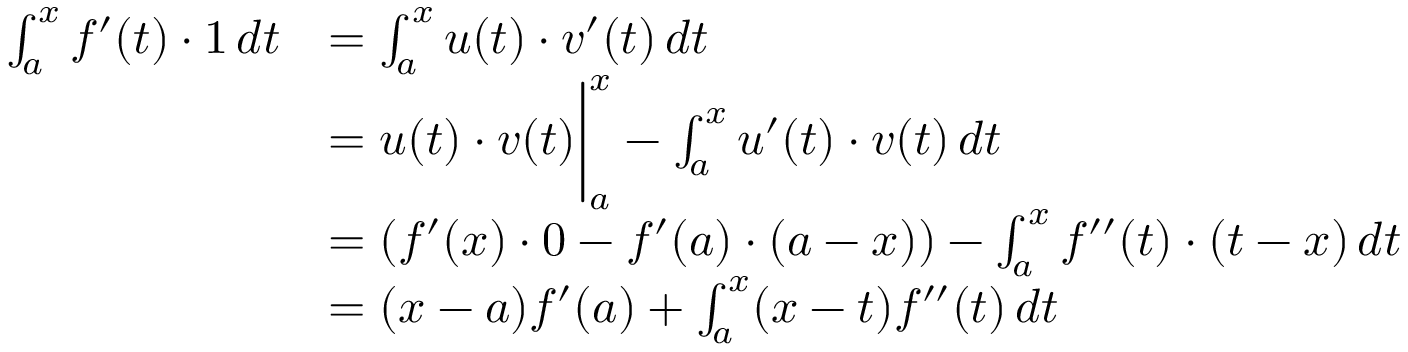
\begin{array} { r l } { \int _ { a } ^ { x } f ^ { \prime } ( t ) \cdot 1 \, d t } & { = \int _ { a } ^ { x } u ( t ) \cdot v ^ { \prime } ( t ) \, d t } \\ & { = u ( t ) \cdot v ( t ) \bigg \rvert _ { a } ^ { x } - \int _ { a } ^ { x } u ^ { \prime } ( t ) \cdot v ( t ) \, d t } \\ & { = \left( f ^ { \prime } ( x ) \cdot 0 - f ^ { \prime } ( a ) \cdot ( a - x ) \right) - \int _ { a } ^ { x } f ^ { \prime \prime } ( t ) \cdot ( t - x ) \, d t } \\ & { = ( x - a ) f ^ { \prime } ( a ) + \int _ { a } ^ { x } ( x - t ) f ^ { \prime \prime } ( t ) \, d t } \end{array}